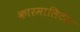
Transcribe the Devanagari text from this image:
कारमालिटस